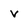
Character: v